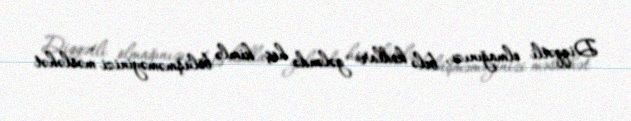
Diqqətli olmağınızı, belə kodlar gələndə heç kimlə bölüşməməyinizi məsləhət